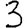
Digit: 3